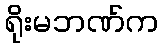
ရိုးမဘဏ်က